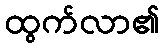
ထွက်လာ၏